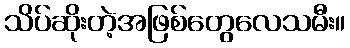
သိပ်ဆိုးတဲ့အဖြစ်တွေလေသမီး။